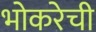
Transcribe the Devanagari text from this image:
भोकरेची